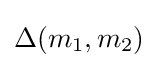
\Delta (m_{1},m_{2})